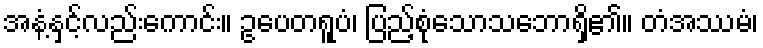
အနံ့နှင့်လည်းကောင်း။ ဥပေတရူပံ၊ ပြည့်စုံသောသဘောရှိ၏။ တံအဿမံ၊